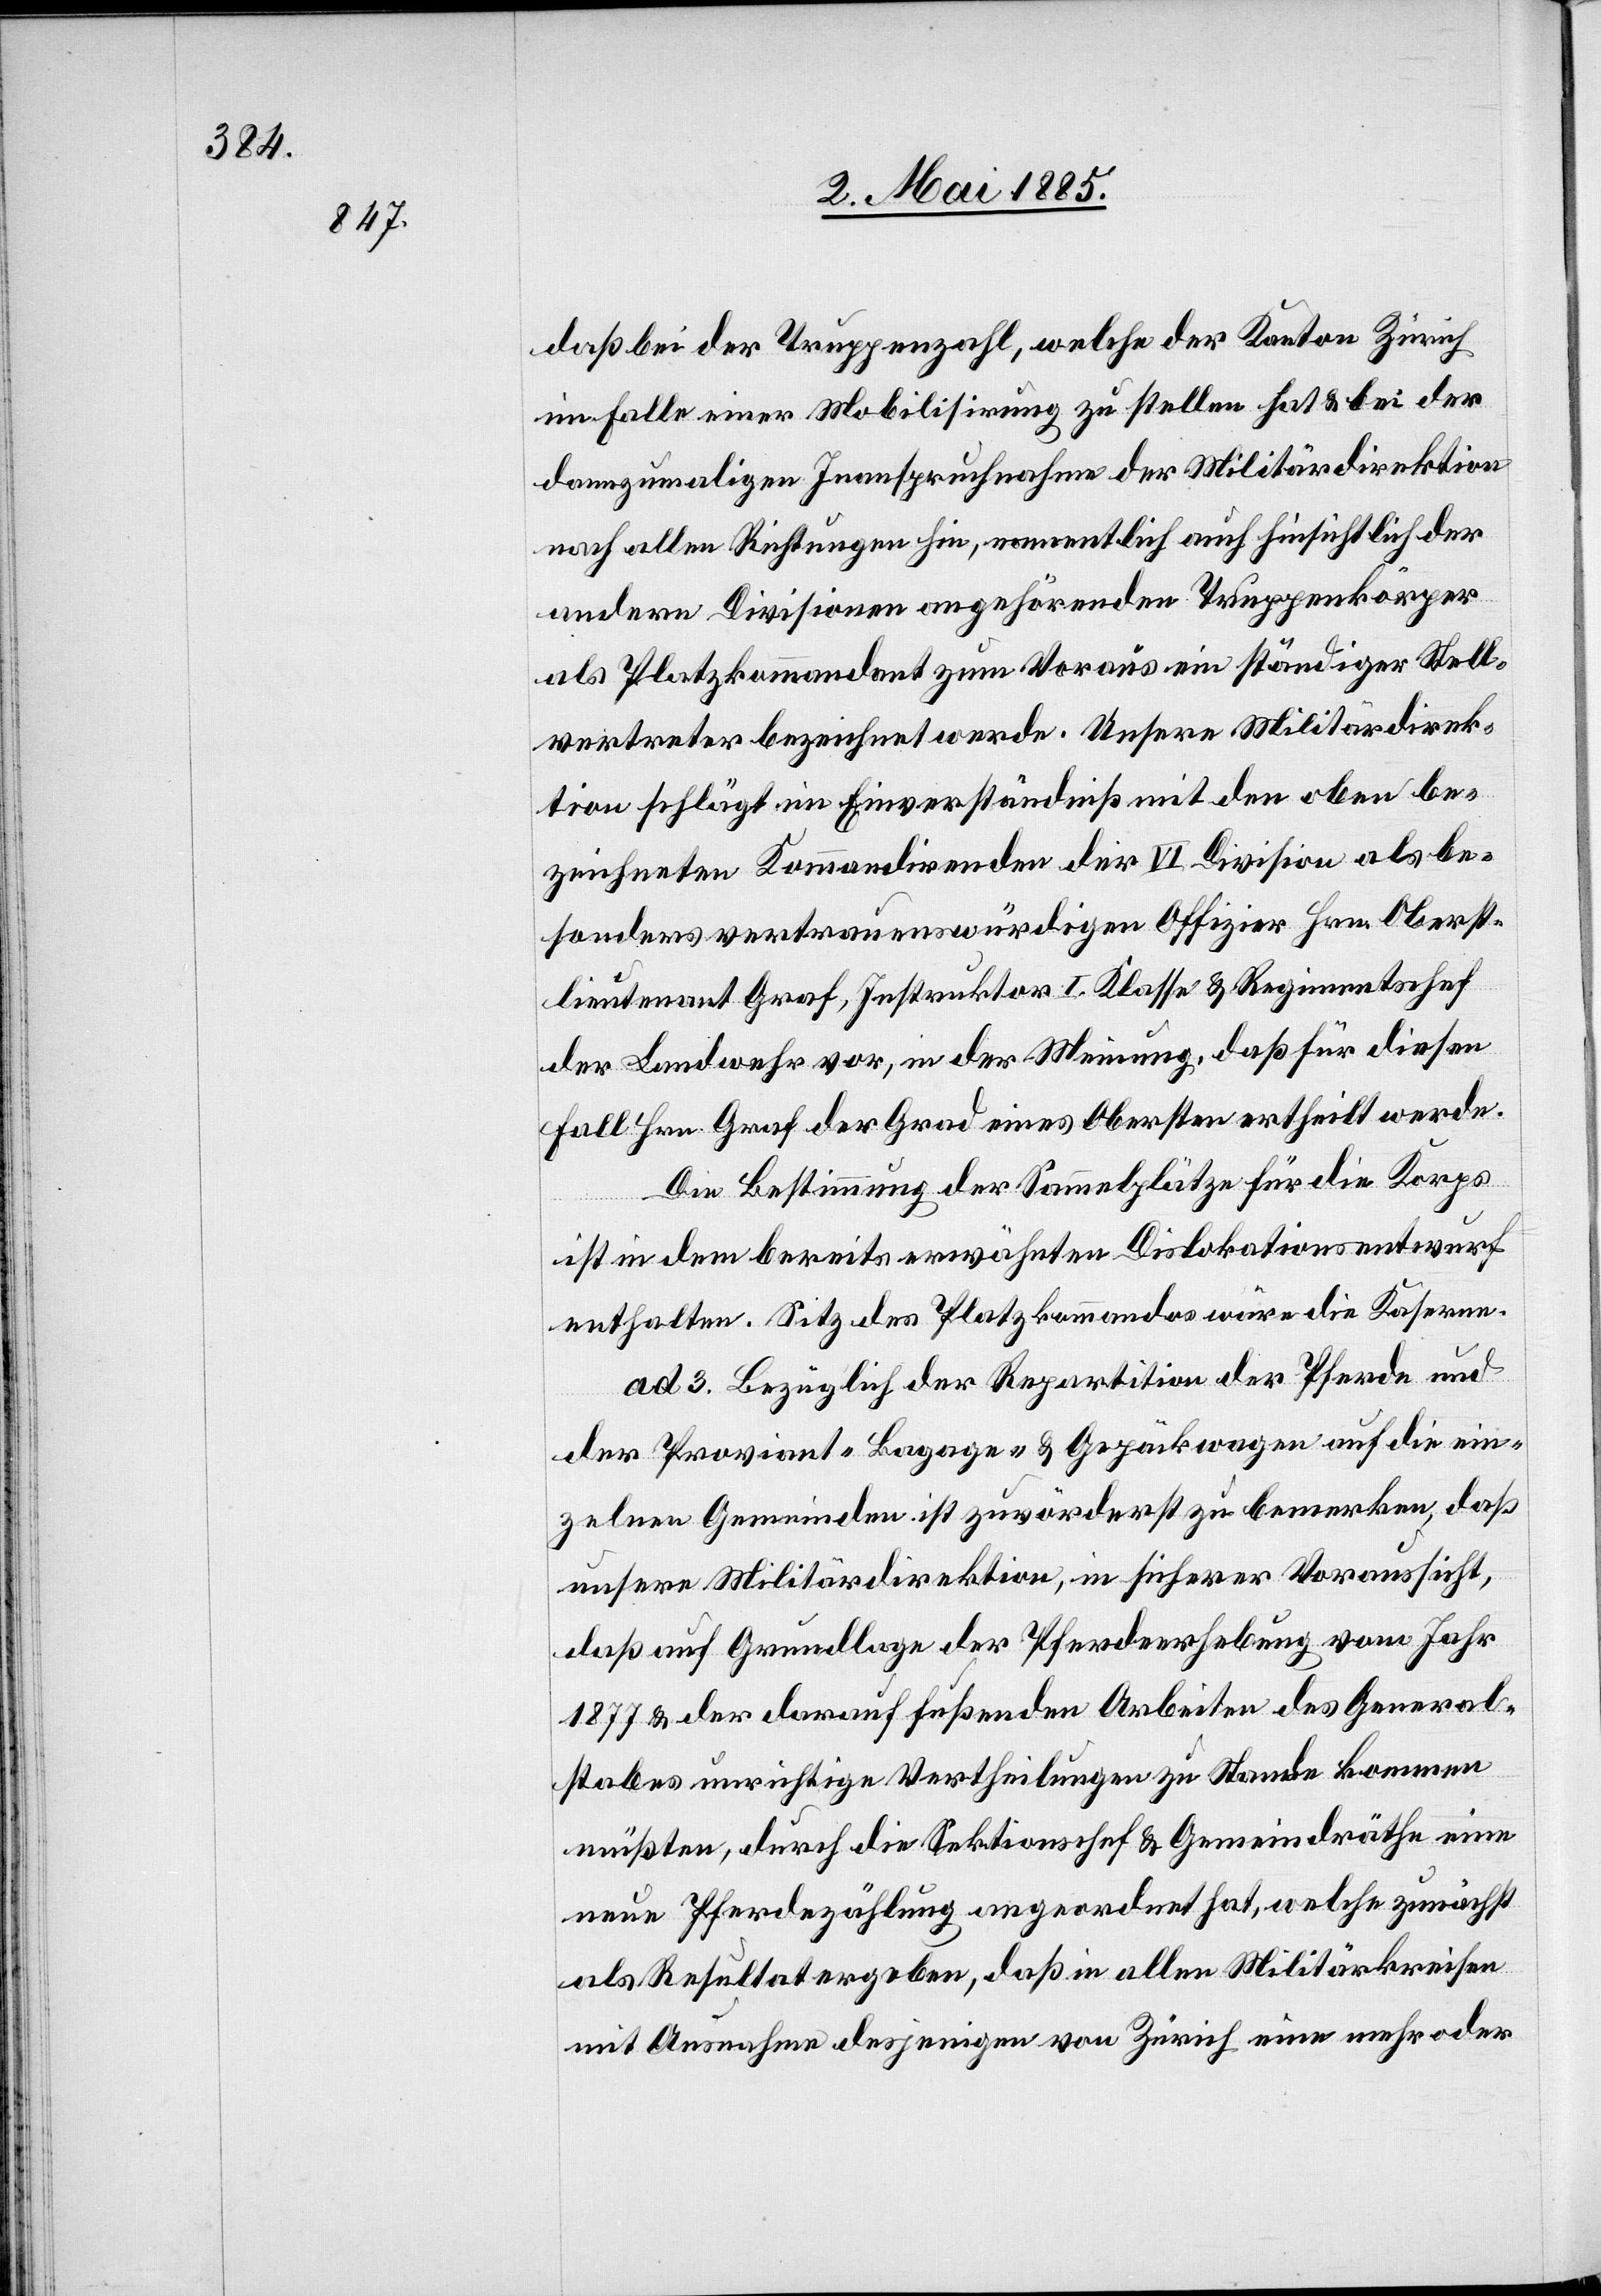
daß bei der Truppenzahl, welche der Kanton Zürich
im Falle einer Mobilisirung zu stellen hat & bei der
dannzumaligen Inanspruchnahme der Militärdirektion
nach allen Richtungen hin, namentlich auch hinsichtlich der
andern Divisionen angehörenden Truppenkörper
als Platzkommandant zum Voraus ein ständiger Stell¬
vertreter bezeichnet werde. Unsere Militärdirek¬
tion schlägt im Einverständniß mit den oben be¬
zeichneten Kommandirenden der VI. Division als be¬
sonders vertrauenswürdigen Offizier Hrn. Oberst¬
lieutnant Graf, Instruktor I. Klasse & Regimentschef
der Landwehr vor, in der Meinung, daß für diesen
Fall Hrn. Graf der Grad eines Obersten ertheilt werde.
Die Bestimmung der Sammelplätze für die Korps
ist in dem bereits erwähnten Dislokationsentwurf
enthalten. Sitz des Platzkommandos wäre die Kaserne.
ad 3. Bezüglich der Repartition der Pferde und
der Proviant-[,] Bagage- & Gepäckwagen auf die ein¬
zelnen Gemeinden ist zuvörderst zu bemerken, daß
unsere Militärdirektion, in sicherer Voraussicht,
daß auf Grundlage der Pferdeerhebung vom Jahr
1877 & der darauf fußenden Arbeiten des General¬
stabes unrichtige Vertheilungen zu Stande kommen
müßten, durch die Sektionschef & Gemeinderäthe eine
neue Pferdezählung angeordnet hat, welche zunächst
als Resultat ergeben, daß in allen Militärkreisen
mit Ausnahme desjenigen von Zürich eine mehr oder